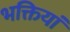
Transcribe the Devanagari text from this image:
भक्तियां